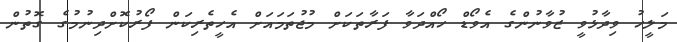
މަލީހު ވިދާޅުވީ ޒުވާނުންގެ އެވޯޑް ހޯއްދަވާ ފަރާތަކަށް މުޖުތަމައަށް އެހީތެރިކަން ފޯރުކޮށްދިނުމުގެ ގޮތުން